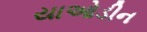
યાઓડીન